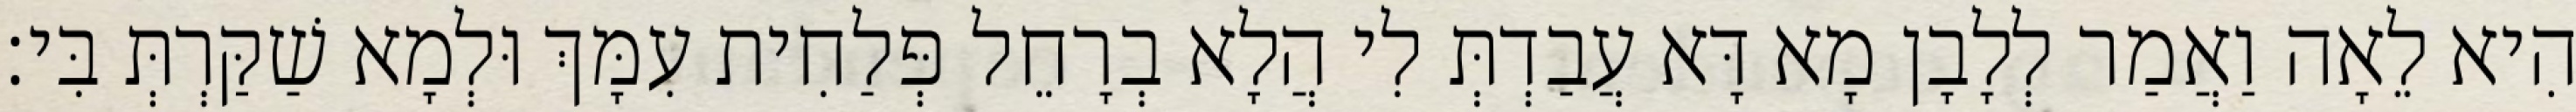
הִיא לֵאָה וַאֲמַר לְלָבָן מָא דָּא עֲבַדְתְּ לִי הֲלָא בְרָחֵל פְּלַחִית עִמָּךְ וּלְמָא שַׁקַּרְתְּ בִּי׃